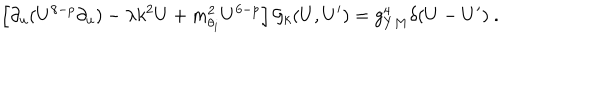
\left[ \partial _ { u } ( U ^ { 8 - p } \partial _ { u } ) - \lambda k ^ { 2 } U + m _ { \theta _ { i } } ^ { 2 } U ^ { 6 - p } \right] { \cal G } _ { k } ( U , U ^ { \prime } ) = g _ { Y M } ^ { 4 } \delta ( U - U ^ { \prime } ) ~ .